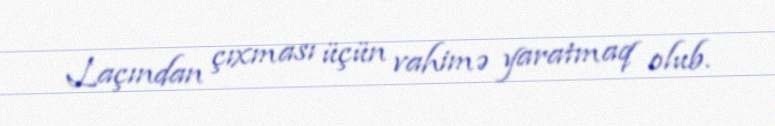
Laçından çıxması üçün vahimə yaratmaq olub.